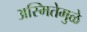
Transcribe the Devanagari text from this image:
अस्मितेमुळे